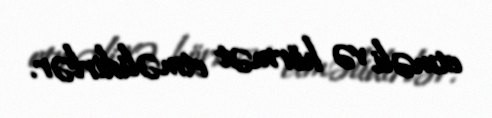
etməli və hörmət etməlidirlər.